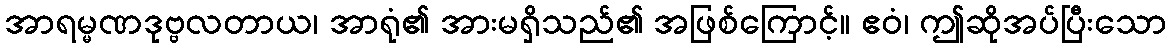
အာရမ္မဏဒုဗ္ဗလတာယ၊ အာရုံ၏ အားမရှိသည်၏ အဖြစ်ကြောင့်။ ဧဝံ၊ ဤဆိုအပ်ပြီးသော